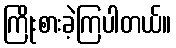
ကြိုးစားခဲ့ကြပါတယ်။